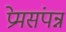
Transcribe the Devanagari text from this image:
प्रेमसंपन्न